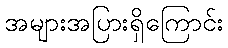
အများအပြားရှိကြောင်း